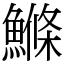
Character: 鰷